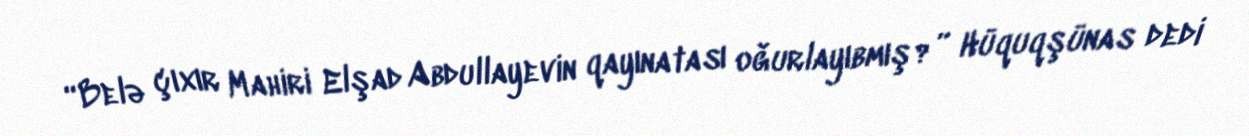
“Belə çıxır Mahiri Elşad Abdullayevin qayınatası oğurlayıbmış?” Hüquqşünas dedi